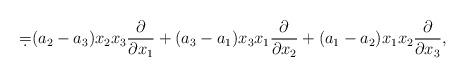
LaTeX: \begin{align*}\d=(a_2-a_3)x_2x_3\frac{\partial}{\partial x_1}+(a_3-a_1)x_3x_1\frac{\partial}{\partial x_2}+(a_1-a_2)x_1x_2\frac{\partial}{\partial x_3},\end{align*}